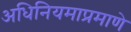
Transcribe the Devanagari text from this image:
अधिनियमाप्रमाणे